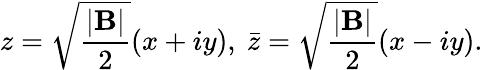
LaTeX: z=\sqrt{{\frac{|\mathrm{\mathbf B}|}{2}}}(x+iy),~\bar{z}=\sqrt{{\frac{|\mathrm{\mathbf B}|}{2}}}(x-iy).